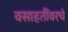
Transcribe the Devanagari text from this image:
वसाहतींवरचे